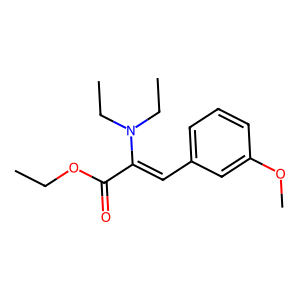
SMILES: CCOC(=O)C(=Cc1cccc(OC)c1)N(CC)CC
Inhibits HIV replication: No